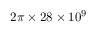
2 \pi \times 2 8 \times 1 0 ^ { 9 }